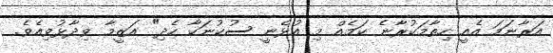
އަރާނަމަ އެއީ ހިތާމަކުރާނެ ކަމެއް މި އުޅެނީ ސުކުނަކާ ހެދި" އަޒީމާ ވިދާޅުވިއެވެ.